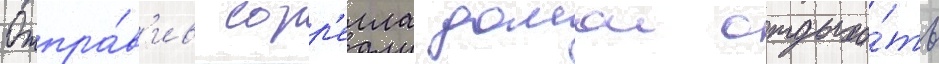
Отпра́в'ив сорр'елла домои отдыха́ть